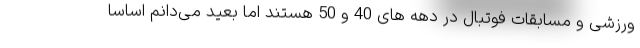
ورزشی و مسابقات فوتبال در دهه های 40 و 50 هستند اما بعید می‌دانم اساسا